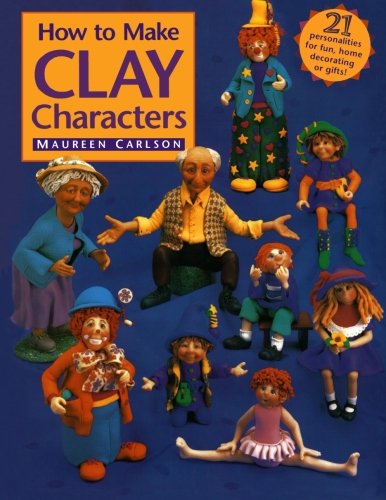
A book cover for How to Make Clay Characters; Maureen Carlson; Crafts, Hobbies & Home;